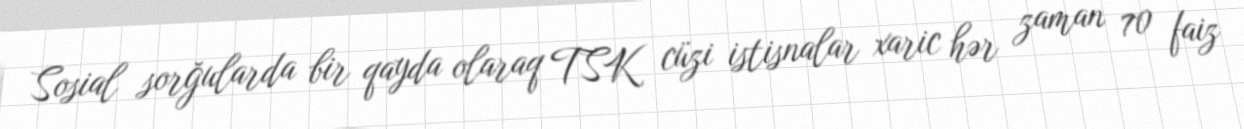
Sosial sorğularda bir qayda olaraq TSK cüzi istisnalar xaric hər zaman 70 faiz